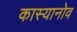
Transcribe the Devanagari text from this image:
कास्यानोव